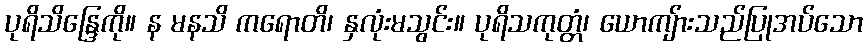
ပုရိသိန္ဒြေကို။ န မနသိ ကရောတိ၊ နှလုံးမသွင်း။ ပုရိသကုတ္တံ၊ ယောကျ်ားသည်ပြုအပ်သော